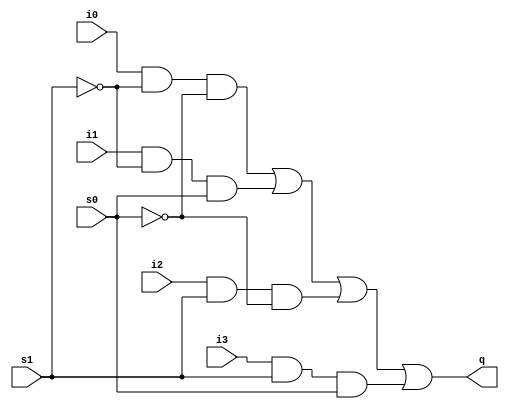
module module_mux_4X1(i0,i1,i2,i3,s1,s0,q);

input i0,i1,i2,i3,s1,s0;
wire w1,w2,w3,w4,w5,w6;

output q;

not not1(w1,s1);
not not2(w2,s0);

and and1(w3,i0,w1,w2);
and and2(w4,i1,w1,s0);
and and3(w5,i2,s1,w2);
and and4(w6,i3,s1,s0);

or or1(q,w3,w4,w5,w6);


endmodule